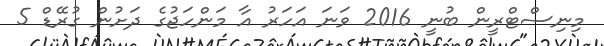
މިނިސްޓްރީން ބުނީ 2016 ވަނަ އަހަރު އާ މަންހަޖުގެ ދަށުން ގުރޭޑް 5